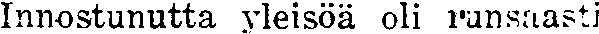
Innostunutta yleisöä oli runsaasti